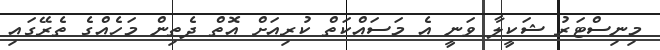
މިނިސްޓަރު ޝަކީލާ ވަނީ އެ މަސައްކަތް ކުރިއަށް އޮތް ދެތިން މަހެއްގެ ތެރޭގައި